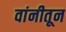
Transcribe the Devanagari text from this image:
वांनीतून